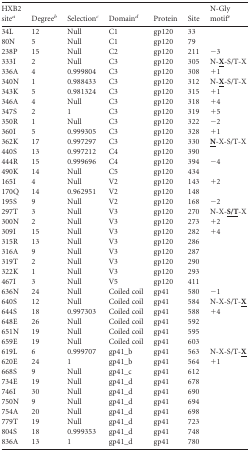
<table><thead><tr><td><b>HXB2 site<sup><i>a</i></sup></b></td><td><b>Degree<sup><i>b</i></sup></b></td><td><b>Selection<sup><i>c</i></sup></b></td><td><b>Domain<sup><i>d</i></sup></b></td><td><b>Protein</b></td><td><b>Site</b></td><td><b>N-Gly motif<sup><i>e</i></sup></b></td></tr></thead><tbody><tr><td>34L</td><td>12</td><td>Null</td><td>C1</td><td>gp120</td><td>33</td><td></td></tr><tr><td>80N</td><td>5</td><td>Null</td><td>C1</td><td>gp120</td><td>79</td><td></td></tr><tr><td>238P</td><td>15</td><td>Null</td><td>C2</td><td>gp120</td><td>211</td><td>−3</td></tr><tr><td>333I</td><td>2</td><td>Null</td><td>C3</td><td>gp120</td><td>305</td><td>N-<underline><b>X</b></underline>-S/T-X</td></tr><tr><td>336A</td><td>4</td><td>0.999804</td><td>C3</td><td>gp120</td><td>308</td><td>+1</td></tr><tr><td>340N</td><td>1</td><td>0.988433</td><td>C3</td><td>gp120</td><td>312</td><td>N-<underline><b>X</b></underline>-S/T-X</td></tr><tr><td>343K</td><td>5</td><td>0.981324</td><td>C3</td><td>gp120</td><td>315</td><td>+1</td></tr><tr><td>346A</td><td>4</td><td>Null</td><td>C3</td><td>gp120</td><td>318</td><td>+4</td></tr><tr><td>347S</td><td>2</td><td>1</td><td>C3</td><td>gp120</td><td>319</td><td>+5</td></tr><tr><td>350R</td><td>1</td><td>Null</td><td>C3</td><td>gp120</td><td>322</td><td>−2</td></tr><tr><td>360I</td><td>5</td><td>0.999305</td><td>C3</td><td>gp120</td><td>328</td><td>+1</td></tr><tr><td>362K</td><td>17</td><td>0.997297</td><td>C3</td><td>gp120</td><td>330</td><td><underline><b>N</b></underline>-X-S/T-X</td></tr><tr><td>440S</td><td>13</td><td>0.997212</td><td>C4</td><td>gp120</td><td>390</td><td></td></tr><tr><td>444R</td><td>15</td><td>0.999696</td><td>C4</td><td>gp120</td><td>394</td><td>−4</td></tr><tr><td>490K</td><td>14</td><td>Null</td><td>C5</td><td>gp120</td><td>434</td><td></td></tr><tr><td>165I</td><td>4</td><td>Null</td><td>V2</td><td>gp120</td><td>143</td><td>+2</td></tr><tr><td>170Q</td><td>14</td><td>0.962951</td><td>V2</td><td>gp120</td><td>148</td><td></td></tr><tr><td>195S</td><td>9</td><td>Null</td><td>V2</td><td>gp120</td><td>168</td><td>−2</td></tr><tr><td>297T</td><td>3</td><td>Null</td><td>V3</td><td>gp120</td><td>270</td><td>N-X-<underline><b>S/T</b></underline>-X</td></tr><tr><td>300N</td><td>2</td><td>Null</td><td>V3</td><td>gp120</td><td>273</td><td>+2</td></tr><tr><td>309I</td><td>15</td><td>Null</td><td>V3</td><td>gp120</td><td>282</td><td>+4</td></tr><tr><td>315R</td><td>13</td><td>Null</td><td>V3</td><td>gp120</td><td>286</td><td></td></tr><tr><td>316A</td><td>9</td><td>Null</td><td>V3</td><td>gp120</td><td>287</td><td></td></tr><tr><td>319T</td><td>2</td><td>Null</td><td>V3</td><td>gp120</td><td>290</td><td></td></tr><tr><td>322K</td><td>1</td><td>Null</td><td>V3</td><td>gp120</td><td>293</td><td></td></tr><tr><td>467I</td><td>3</td><td>Null</td><td>V5</td><td>gp120</td><td>411</td><td></td></tr><tr><td>636N</td><td>24</td><td>Null</td><td>Coiled coil</td><td>gp41</td><td>580</td><td>−1</td></tr><tr><td>640S</td><td>12</td><td>Null</td><td>Coiled coil</td><td>gp41</td><td>584</td><td>N-X-S/T-<underline><b>X</b></underline></td></tr><tr><td>644S</td><td>18</td><td>0.997303</td><td>Coiled coil</td><td>gp41</td><td>588</td><td>+4</td></tr><tr><td>648E</td><td>26</td><td>Null</td><td>Coiled coil</td><td>gp41</td><td>592</td><td></td></tr><tr><td>651N</td><td>19</td><td>Null</td><td>Coiled coil</td><td>gp41</td><td>595</td><td></td></tr><tr><td>659E</td><td>19</td><td>Null</td><td>Coiled coil</td><td>gp41</td><td>603</td><td></td></tr><tr><td>619L</td><td>6</td><td>0.999707</td><td>gp41_b</td><td>gp41</td><td>563</td><td>N-X-S/T-<underline><b>X</b></underline></td></tr><tr><td>620E</td><td>24</td><td>1</td><td>gp41_b</td><td>gp41</td><td>564</td><td>+1</td></tr><tr><td>668S</td><td>9</td><td>Null</td><td>gp41_c</td><td>gp41</td><td>612</td><td></td></tr><tr><td>734E</td><td>19</td><td>Null</td><td>gp41_d</td><td>gp41</td><td>678</td><td></td></tr><tr><td>746I</td><td>30</td><td>Null</td><td>gp41_d</td><td>gp41</td><td>690</td><td></td></tr><tr><td>750N</td><td>9</td><td>Null</td><td>gp41_d</td><td>gp41</td><td>694</td><td></td></tr><tr><td>754A</td><td>20</td><td>Null</td><td>gp41_d</td><td>gp41</td><td>698</td><td></td></tr><tr><td>779T</td><td>19</td><td>Null</td><td>gp41_d</td><td>gp41</td><td>723</td><td></td></tr><tr><td>804S</td><td>18</td><td>0.999353</td><td>gp41_d</td><td>gp41</td><td>748</td><td></td></tr><tr><td>836A</td><td>13</td><td>1</td><td>gp41_d</td><td>gp41</td><td>780</td><td></td></tr></tbody></table>